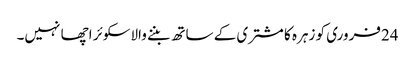
24فروری کو زہرہ کا مشتری کے ساتھ بننے والاسکوئر اچھا نہیں۔